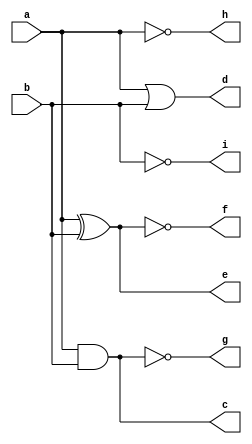
module m1(a,b,c,d,e,f,g,h,i);
	input a,b;
	output c,d,e,f,g,h,i;
	and(c,a,b);
	or(d,a,b);
	xor(e,a,b);
	xnor(f,a,b);
	nand(g,a,b);
	not(h,a);
	not(i,b);
endmodule

module test;
	reg a,b;
	wire c,d,e,f,g,h,i;
	m1 t(a,b,c,d,e,f,g,h,i);
	initial begin
		$dumpfile("q1b.vcd");
		$dumpvars(0,test);
		$display("a b AND OR XOR XNOR NAND NOT(a) NOT(b)");
		$monitor("%b %b %b %b %b %b %b %b %b",a,b,c,d,e,f,g,h,i);
		a=0; b=0; #10
		a=0; b=1; #10
		a=1; b=0; #10
		a=1; b=1; #10 $finish;
	end
endmodule